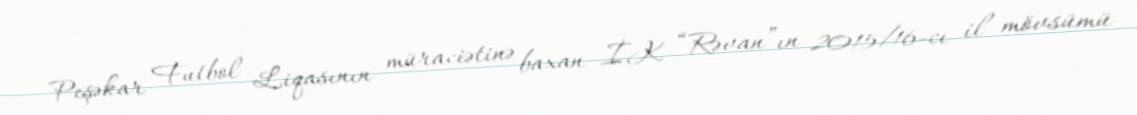
Peşəkar Futbol Liqasının müraciətinə baxan İK “Rəvan”ın 2015/16-cı il mövsümü